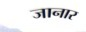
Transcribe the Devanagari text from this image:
जानार